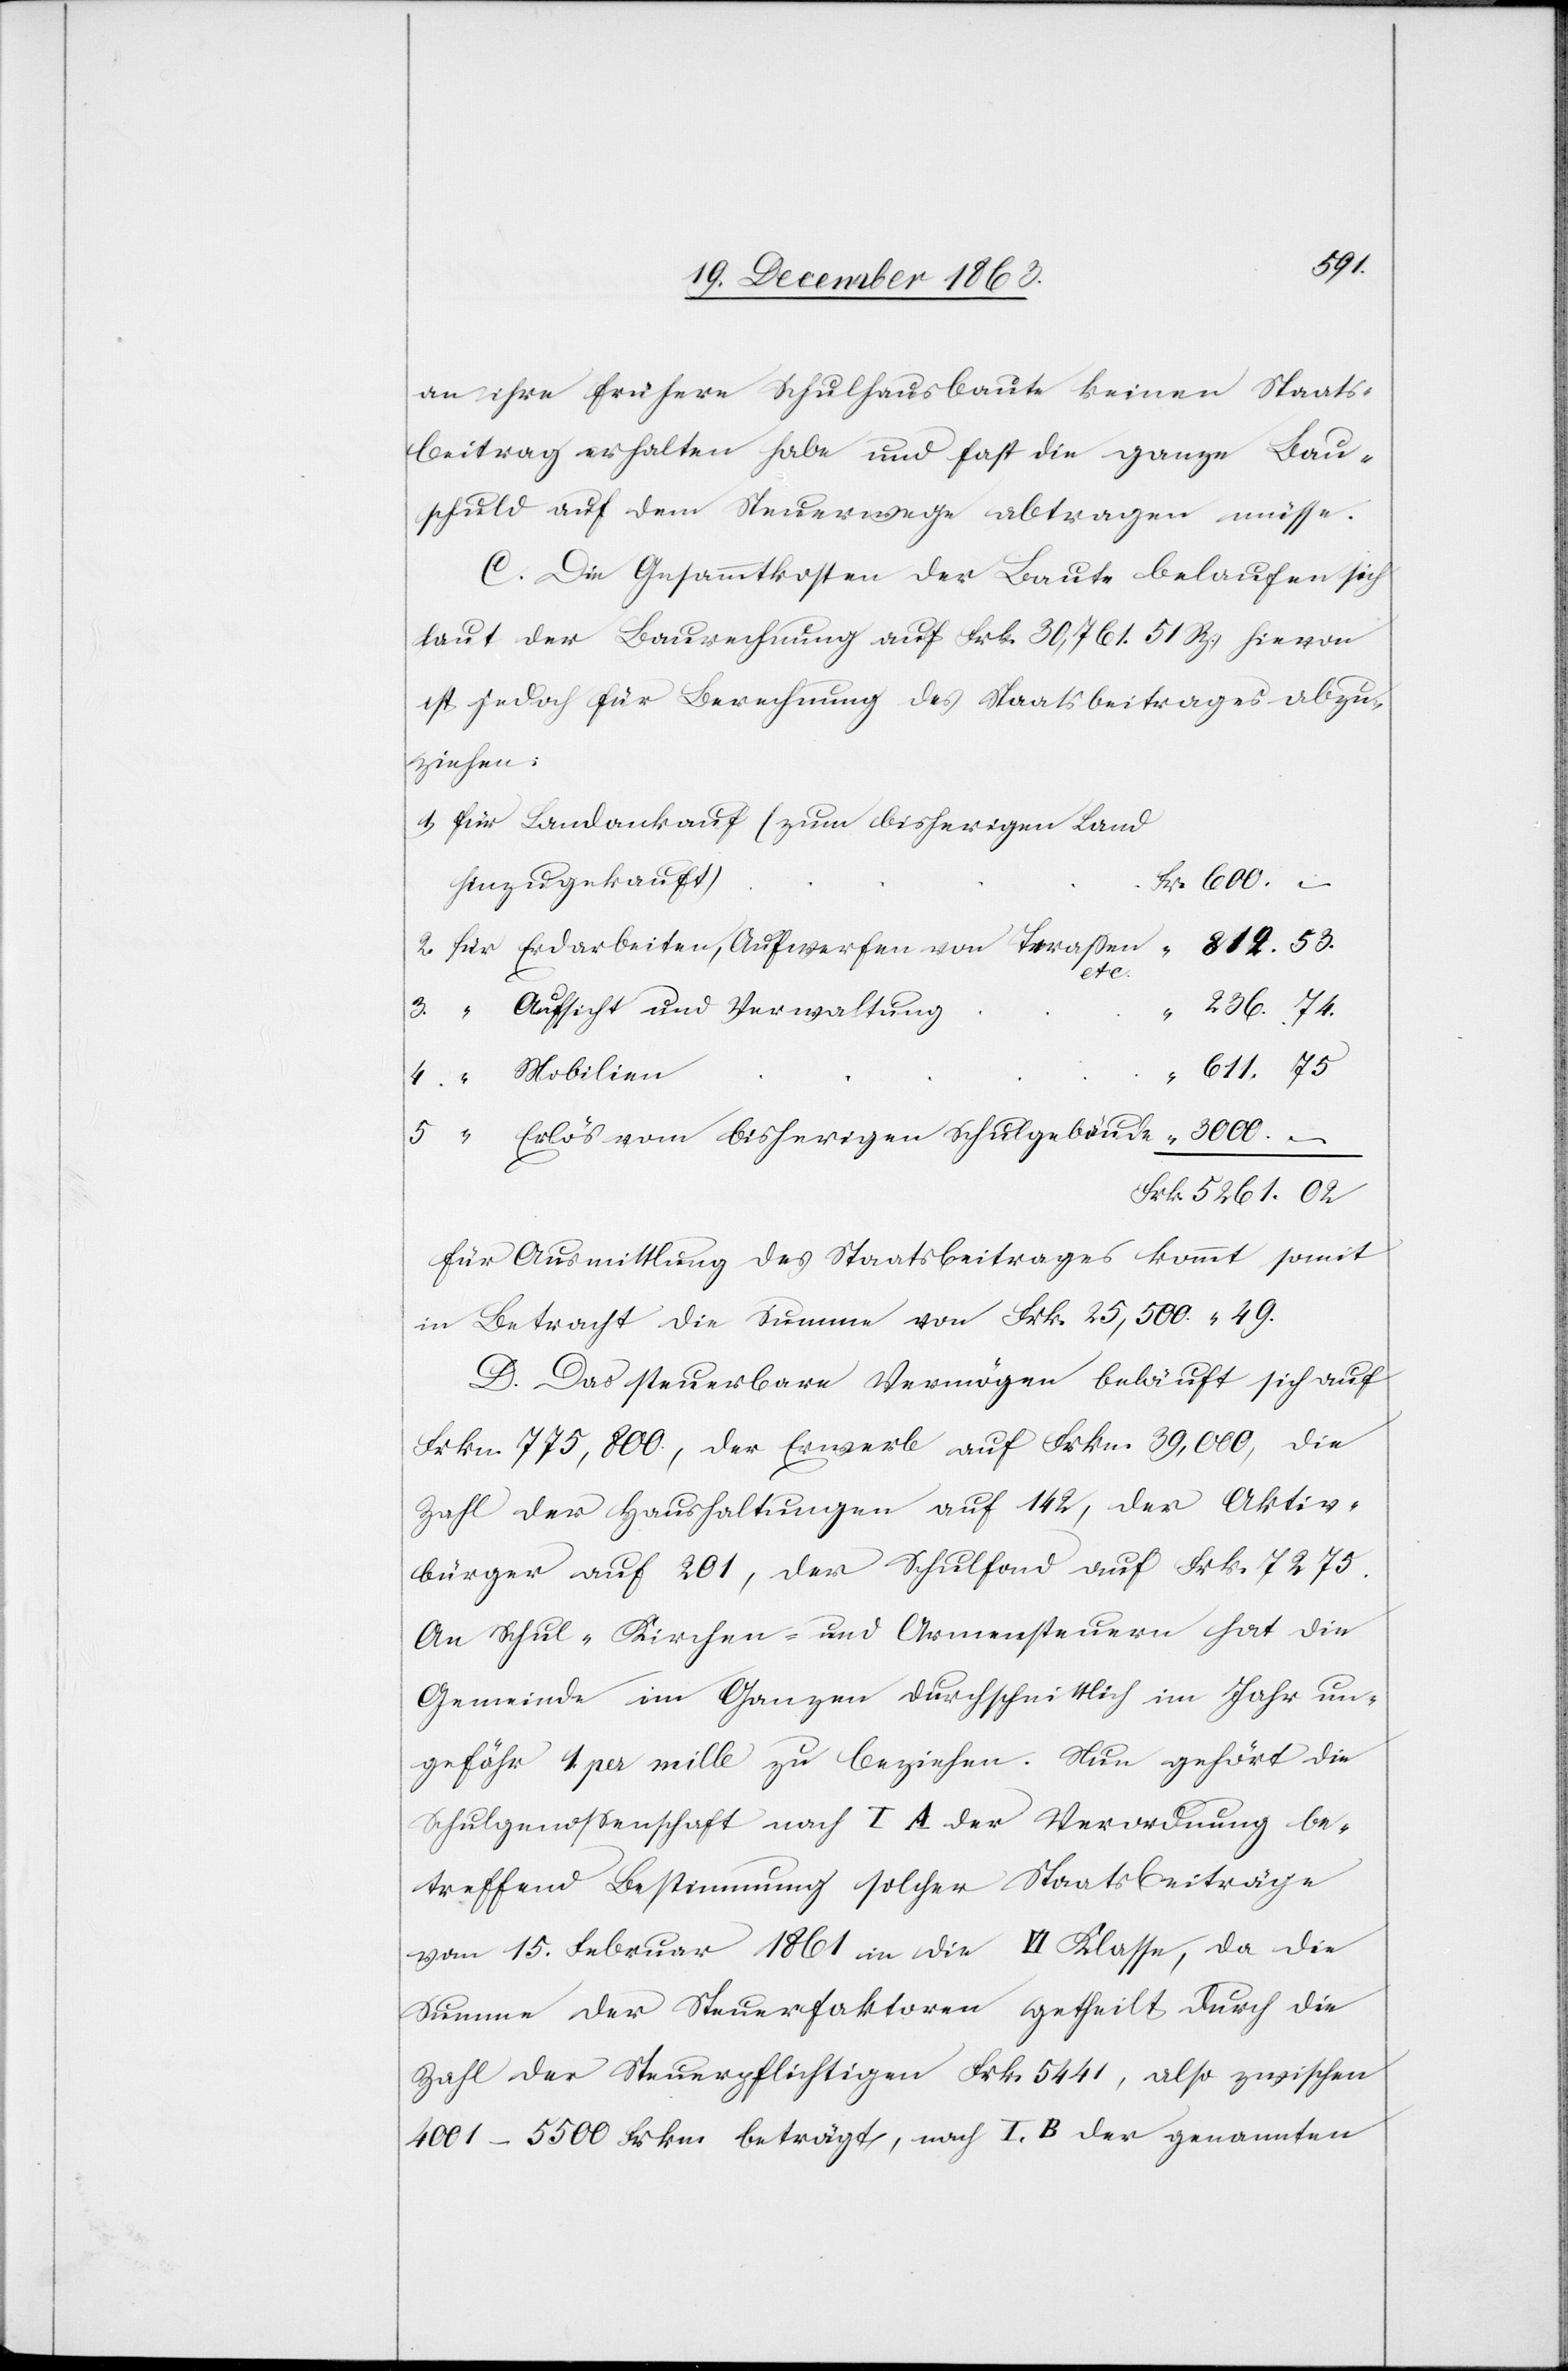
–

5261.
an ihre frühere Schulhausbaute keinen Staats¬
beitrag erhalten habe und fast die ganze Bau¬
schuld auf dem Steuerwege abtragen müsse.
C. Die Gesammtkosten der Baute belaufen sich
laut der Baurechnung auf Frkn. 30,761. 51 Rp., hievon
ist jedoch für Berechnung des Staatsbeitrages abzu¬
ziehen:
Landankauf (zum bisherigen Land
hinzugekauft)
etc.
Aufsicht und Verwaltung
236. 74.
611. 75
Erlös vom bisherigen Schulgebäude
für Ausmittlung des Staatsbeitrages kommt somit
in Betracht die Summe von Frkn. 25,500. 49.
D. Das steuerbare Vermögen beläuft sich auf
Frkn. 775,800., der Erwerb auf Frkn. 39,000, die
Zahl der Haushaltungen auf 142, der Aktiv¬
bürger auf 201, der Schulfond auf Frk. 7275.
An Schul-[,] Kirchen- und Armensteuern hat die
Gemeinde im Ganzen durchschnittlich im Jahr un¬
gefähr 1 per mille zu beziehen. Nun gehört die
Schulgenossenschaft nach I A der Verordnung be¬
treffend Bestimmung solcher Staatsbeiträge
vom 15. Februar 1861 in die VI Klasse, da die
Summe der Steuerfaktoren getheilt durch die
Zahl der Steuerpflichtigen Frk. 5441, also zwischen
4001–5500 Frkn. beträgt, nach I. B der genannten